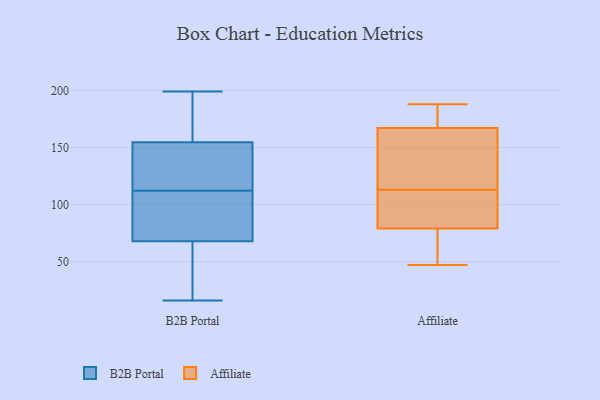
{"axis": {"x": "Headcount", "y": "Value"}, "legend": ["Affiliate", "B2B Portal"], "data": [{"x": "", "y": 112, "type": "B2B Portal"}, {"x": "", "y": 189, "type": "B2B Portal"}, {"x": "", "y": 21, "type": "B2B Portal"}, {"x": "", "y": 133, "type": "B2B Portal"}, {"x": "", "y": 16, "type": "B2B Portal"}, {"x": "", "y": 149, "type": "B2B Portal"}, {"x": "", "y": 153, "type": "B2B Portal"}, {"x": "", "y": 101, "type": "B2B Portal"}, {"x": "", "y": 199, "type": "B2B Portal"}, {"x": "", "y": 179, "type": "B2B Portal"}, {"x": "", "y": 42, "type": "B2B Portal"}, {"x": "", "y": 128, "type": "B2B Portal"}, {"x": "", "y": 155, "type": "B2B Portal"}, {"x": "", "y": 180, "type": "B2B Portal"}, {"x": "", "y": 82, "type": "B2B Portal"}, {"x": "", "y": 106, "type": "B2B Portal"}, {"x": "", "y": 47, "type": "B2B Portal"}, {"x": "", "y": 104, "type": "B2B Portal"}, {"x": "", "y": 63, "type": "B2B Portal"}, {"x": "", "y": 162, "type": "Affiliate"}, {"x": "", "y": 113, "type": "Affiliate"}, {"x": "", "y": 53, "type": "Affiliate"}, {"x": "", "y": 187, "type": "Affiliate"}, {"x": "", "y": 156, "type": "Affiliate"}, {"x": "", "y": 96, "type": "Affiliate"}, {"x": "", "y": 79, "type": "Affiliate"}, {"x": "", "y": 79, "type": "Affiliate"}, {"x": "", "y": 188, "type": "Affiliate"}, {"x": "", "y": 47, "type": "Affiliate"}, {"x": "", "y": 182, "type": "Affiliate"}, {"x": "", "y": 144, "type": "Affiliate"}, {"x": "", "y": 94, "type": "Affiliate"}]}